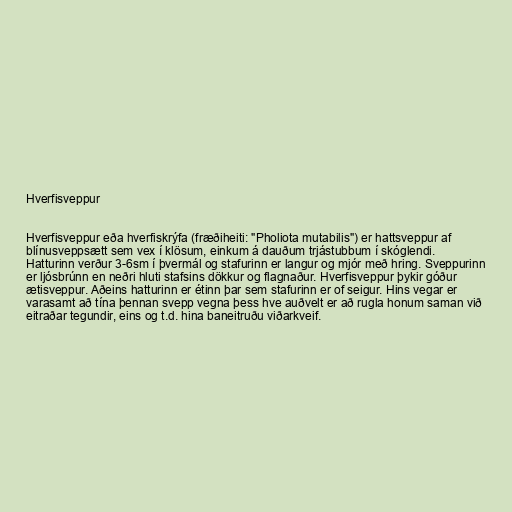
Hverfisveppur

Hverfisveppur eða hverfiskrýfa (fræðiheiti: "Pholiota mutabilis") er hattsveppur af
blínusveppsætt sem vex í klösum, einkum á dauðum trjástubbum í skóglendi.
Hatturinn verður 3-6sm í þvermál og stafurinn er langur og mjór með hring. Sveppurinn
er ljósbrúnn en neðri hluti stafsins dökkur og flagnaður. Hverfisveppur þykir góður
ætisveppur. Aðeins hatturinn er étinn þar sem stafurinn er of seigur. Hins vegar er
varasamt að tína þennan svepp vegna þess hve auðvelt er að rugla honum saman við
eitraðar tegundir, eins og t.d. hina baneitruðu viðarkveif.